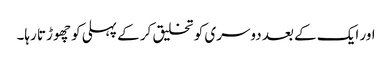
اور ایک کے بعد دوسری کو تخلیق کر کے پہلی کو چھوڑتا رہا۔